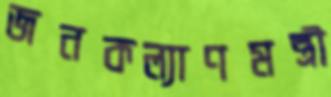
জনকল্যাণমন্ত্রী